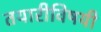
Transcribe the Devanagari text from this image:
तयारीविषयी